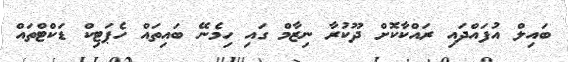
ބައިލް އުފައްދައި ރައްކާކޮށް ދޫކުރާ ނިޒާމް ގައި ހިމެނޭ ބައިތައް ހެޕަޓިކް ޑަކްޓްތައް